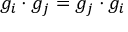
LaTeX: g _ { i } \cdot g _ { j } = g _ { j } \cdot g _ { i }